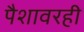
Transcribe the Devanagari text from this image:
पैशावरही